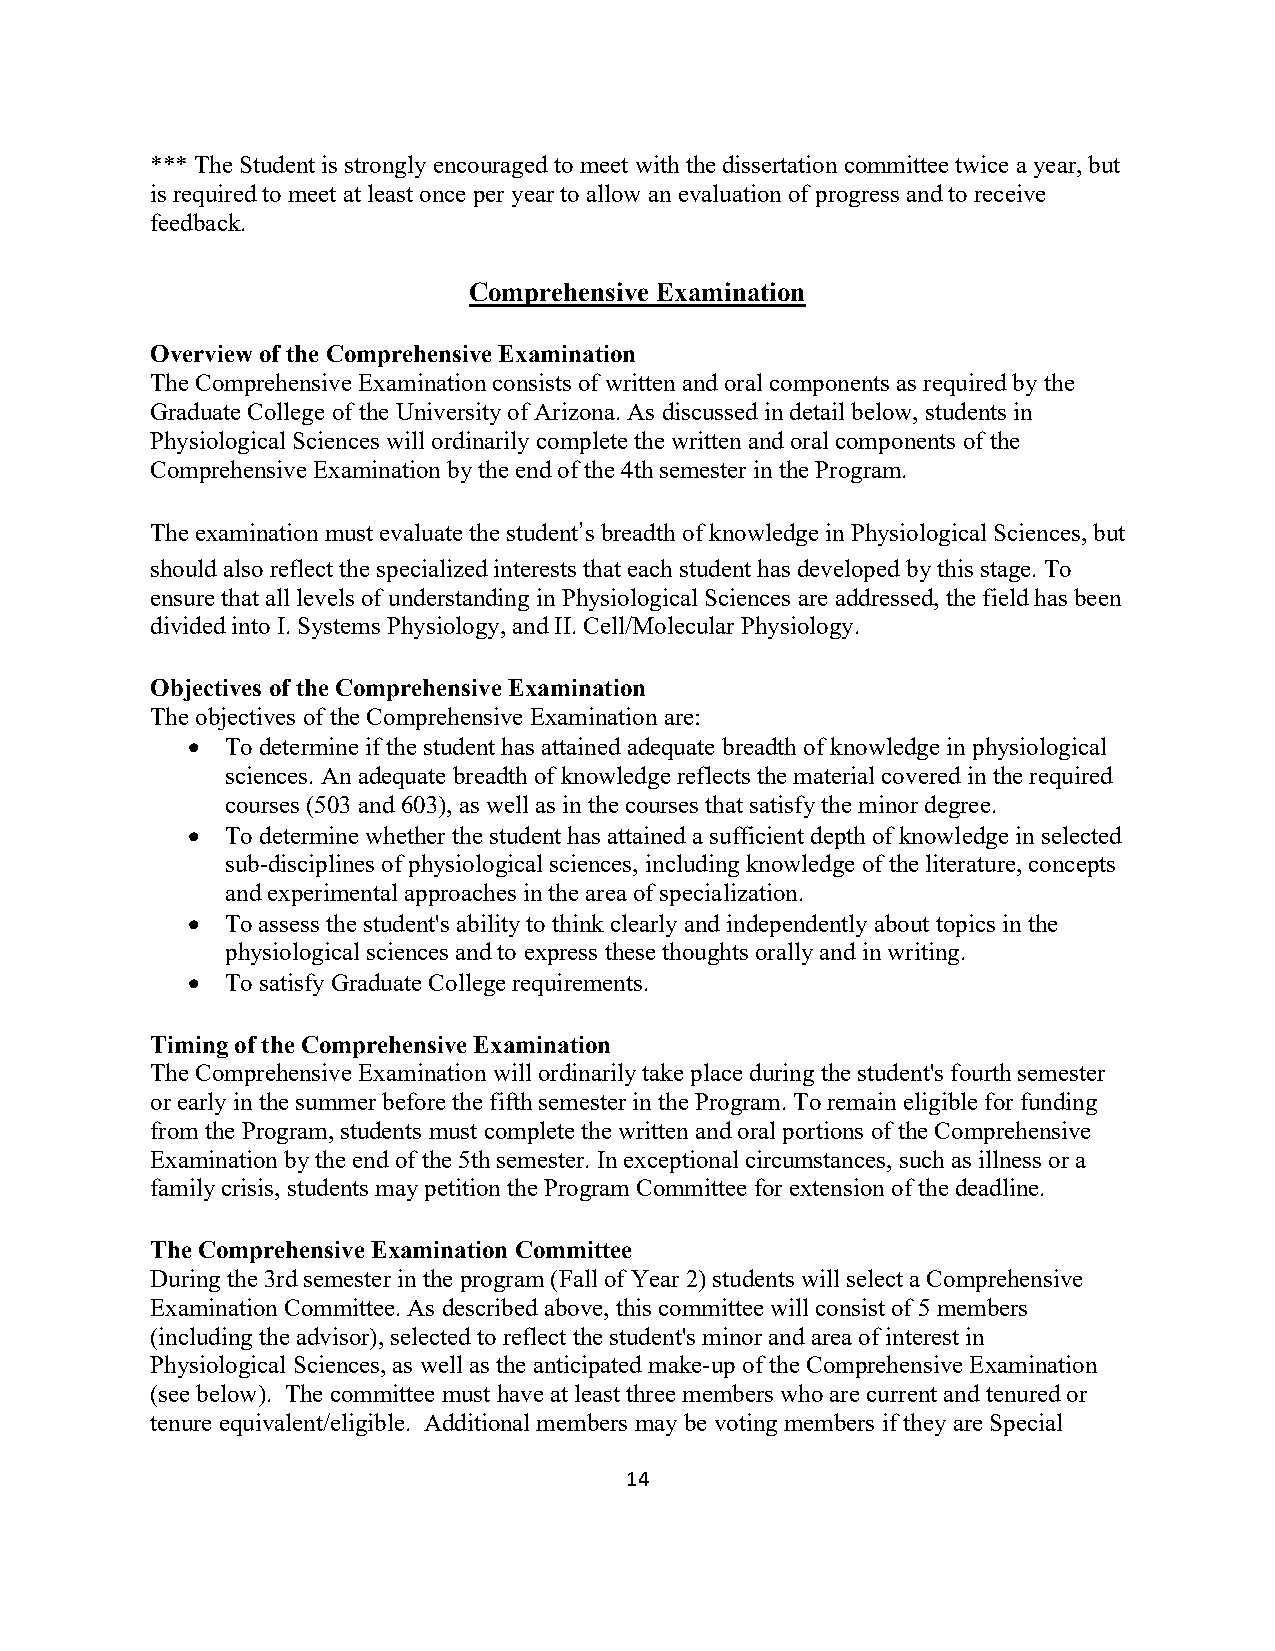
*** The Student is strongly encouraged to meet with the dissertation committee twice a year, but
 is required to meet at least once per year to allow an evaluation of progress and to receive
 feedback.
 Comprehensive Examination
 Overview of the Comprehensive Examination
 The Comprehensive Examination consists of written and oral components as required by the
 Graduate College of the University of Arizona. As discussed in detail below, students in
 Physiological Sciences will ordinarily complete the written and oral components of the
 Comprehensive Examination by the end of the 4th semester in the Program.
 The examination must evaluate the student’s breadth of knowledge in Physiological Sciences, but
 should also reflect the specialized interests that each student has developed by this stage. To
 ensure that all levels of understanding in Physiological Sciences are addressed, the field has been
 divided into I. Systems Physiology, and II. Cell/Molecular Physiology.
 Objectives of the Comprehensive Examination
 The objectives of the Comprehensive Examination are:
 •  To determine if the student has attained adequate breadth of knowledge in physiological
 sciences. An adequate breadth of knowledge reflects the material covered in the required
 courses (503 and 603), as well as in the courses that satisfy the minor degree.
 •  To determine whether the student has attained a sufficient depth of knowledge in selected
 sub-disciplines of physiological sciences, including knowledge of the literature, concepts
 and experimental approaches in the area of specialization.
 •  To assess the student's ability to think clearly and independently about topics in the
 physiological sciences and to express these thoughts orally and in writing.
 •  To satisfy Graduate College requirements.
 Timing of the Comprehensive Examination
 The Comprehensive Examination will ordinarily take place during the student's fourth semester
 or early in the summer before the fifth semester in the Program. To remain eligible for funding
 from the Program, students must complete the written and oral portions of the Comprehensive
 Examination by the end of the 5th semester. In exceptional circumstances, such as illness or a
 family crisis, students may petition the Program Committee for extension of the deadline.
 The Comprehensive Examination Committee
 During the 3rd semester in the program (Fall of Year 2) students will select a Comprehensive
 Examination Committee. As described above, this committee will consist of 5 members
 (including the advisor), selected to reflect the student's minor and area of interest in
 Physiological Sciences, as well as the anticipated make-up of the Comprehensive Examination
 (see below). The committee must have at least three members who are current and tenured or
 tenure equivalent/eligible. Additional members may be voting members if they are Special
 14